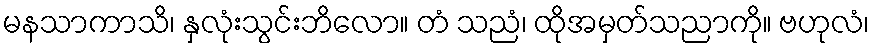
မနသာကာသိ၊ နှလုံးသွင်းဘိလော။ တံ သညံ၊ ထိုအမှတ်သညာကို။ ဗဟုလံ၊